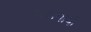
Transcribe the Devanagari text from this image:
ग्राहमायी